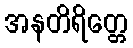
အနတိရိတ္တေ